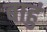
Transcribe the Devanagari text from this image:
बाहुं